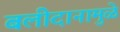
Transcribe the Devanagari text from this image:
बलीदानामुळे